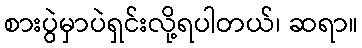
စားပွဲမှာပဲရှင်းလို့ရပါတယ်၊ ဆရာ။